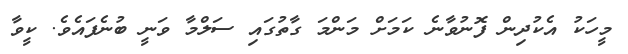
މީހަކު އެކުދިން ފޮނުވާނެ ކަމަށް މަންމަ ގާތުގައި ސަލްމާ ވަނީ ބުނެފައެވެ. ކީވާ